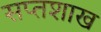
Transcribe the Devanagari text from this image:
सप्तशाख